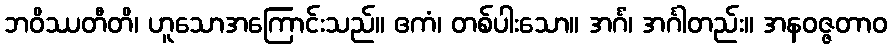
ဘဝိဿတီတိ၊ ဟူသောအကြောင်းသည်။ ဧကံ၊ တစ်ပါးသော။ အင်္ဂံ၊ အင်္ဂါတည်း။ အနဝဇ္ဇတာဝ